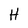
Character: H